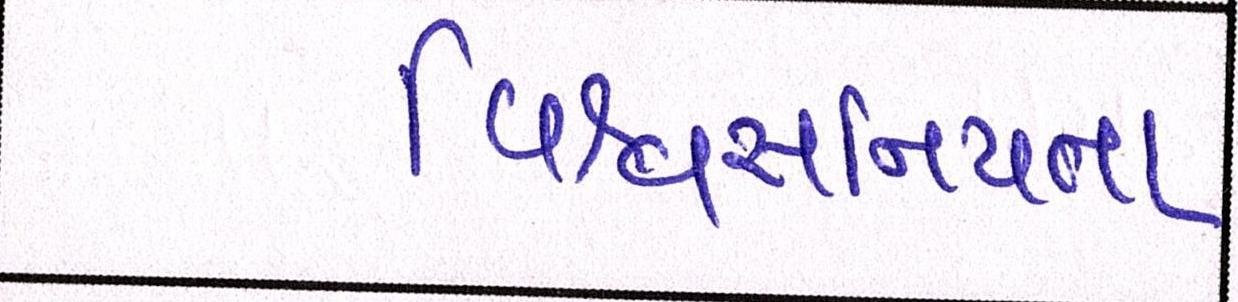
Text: વિશ્વસનિયતા